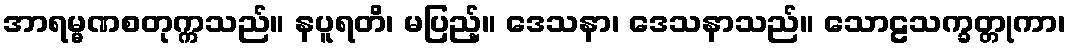
အာရမ္မဏစတုက္ကသည်။ နပူရတိ၊ မပြည့်။ ဒေသနာ၊ ဒေသနာသည်။ သောဠသက္ခတ္တုကာ၊